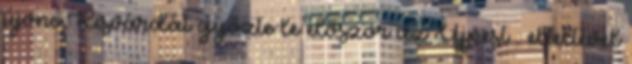
újonc Kisvárdát győzte le először az Újpest . elteltével